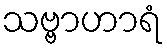
သဗ္ဗာဟာရံ